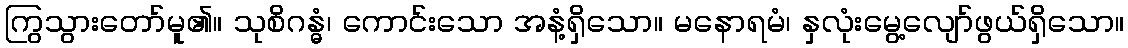
ကြွသွားတော်မူ၏။ သုစိဂန္ဓံ၊ ကောင်းသော အနံ့ရှိသော။ မနောရမံ၊ နှလုံးမွေ့လျော်ဖွယ်ရှိသော။